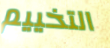
التخييم